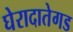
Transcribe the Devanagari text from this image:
घेरादातेगड